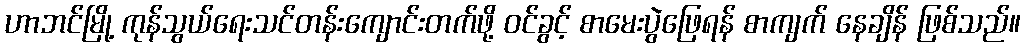
ဟာဘင်မြို့ ကုန်သွယ်ရေးသင်တန်းကျောင်းတက်ဖို့ ဝင်ခွင့် စာမေးပွဲဖြေရန် စာကျက် နေချိန် ဖြစ်သည်။